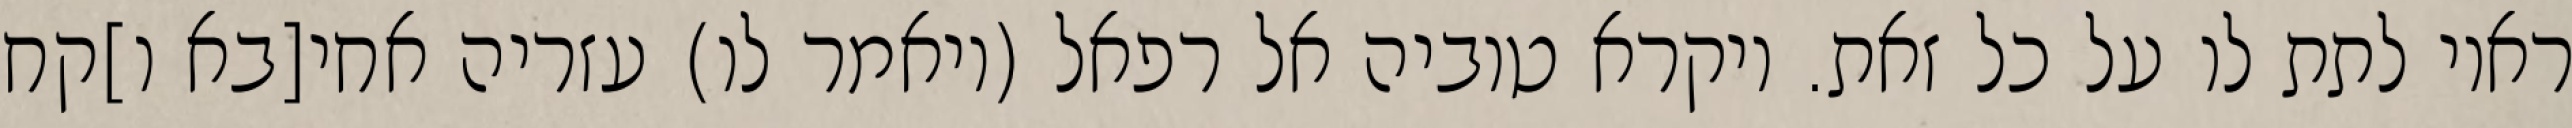
ראוי לתת לו על כל זאת. ויקרא טוביה אל רפאל (ויאמר לו) עזריה אחי[בא ו]קח